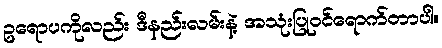
ဥရောပကိုလည်း ဒီနည်းလမ်းနဲ့ အသုံးပြုဝင်ရောက်တာပါ။